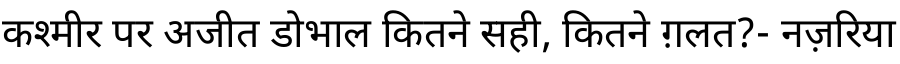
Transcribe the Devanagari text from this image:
कश्मीर पर अजीत डोभाल कितने सही, कितने ग़लत?- नज़रिया